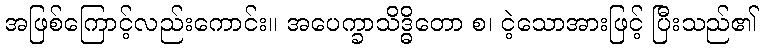
အဖြစ်ကြောင့်လည်းကောင်း။ အပေက္ခာသိဒ္ဓိတော စ၊ ငဲ့သောအားဖြင့် ပြီးသည်၏